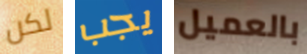
لكن يجب بالعميل